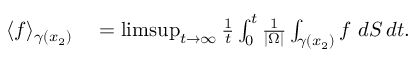
\begin{array} { r l } { \langle f \rangle _ { \gamma ( x _ { 2 } ) } } & { { } = \operatorname* { l i m s u p } _ { t \to \infty } \frac { 1 } { t } \int _ { 0 } ^ { t } \frac { 1 } { | \Omega | } \int _ { \gamma ( x _ { 2 } ) } f \ d S \, d t . } \end{array}